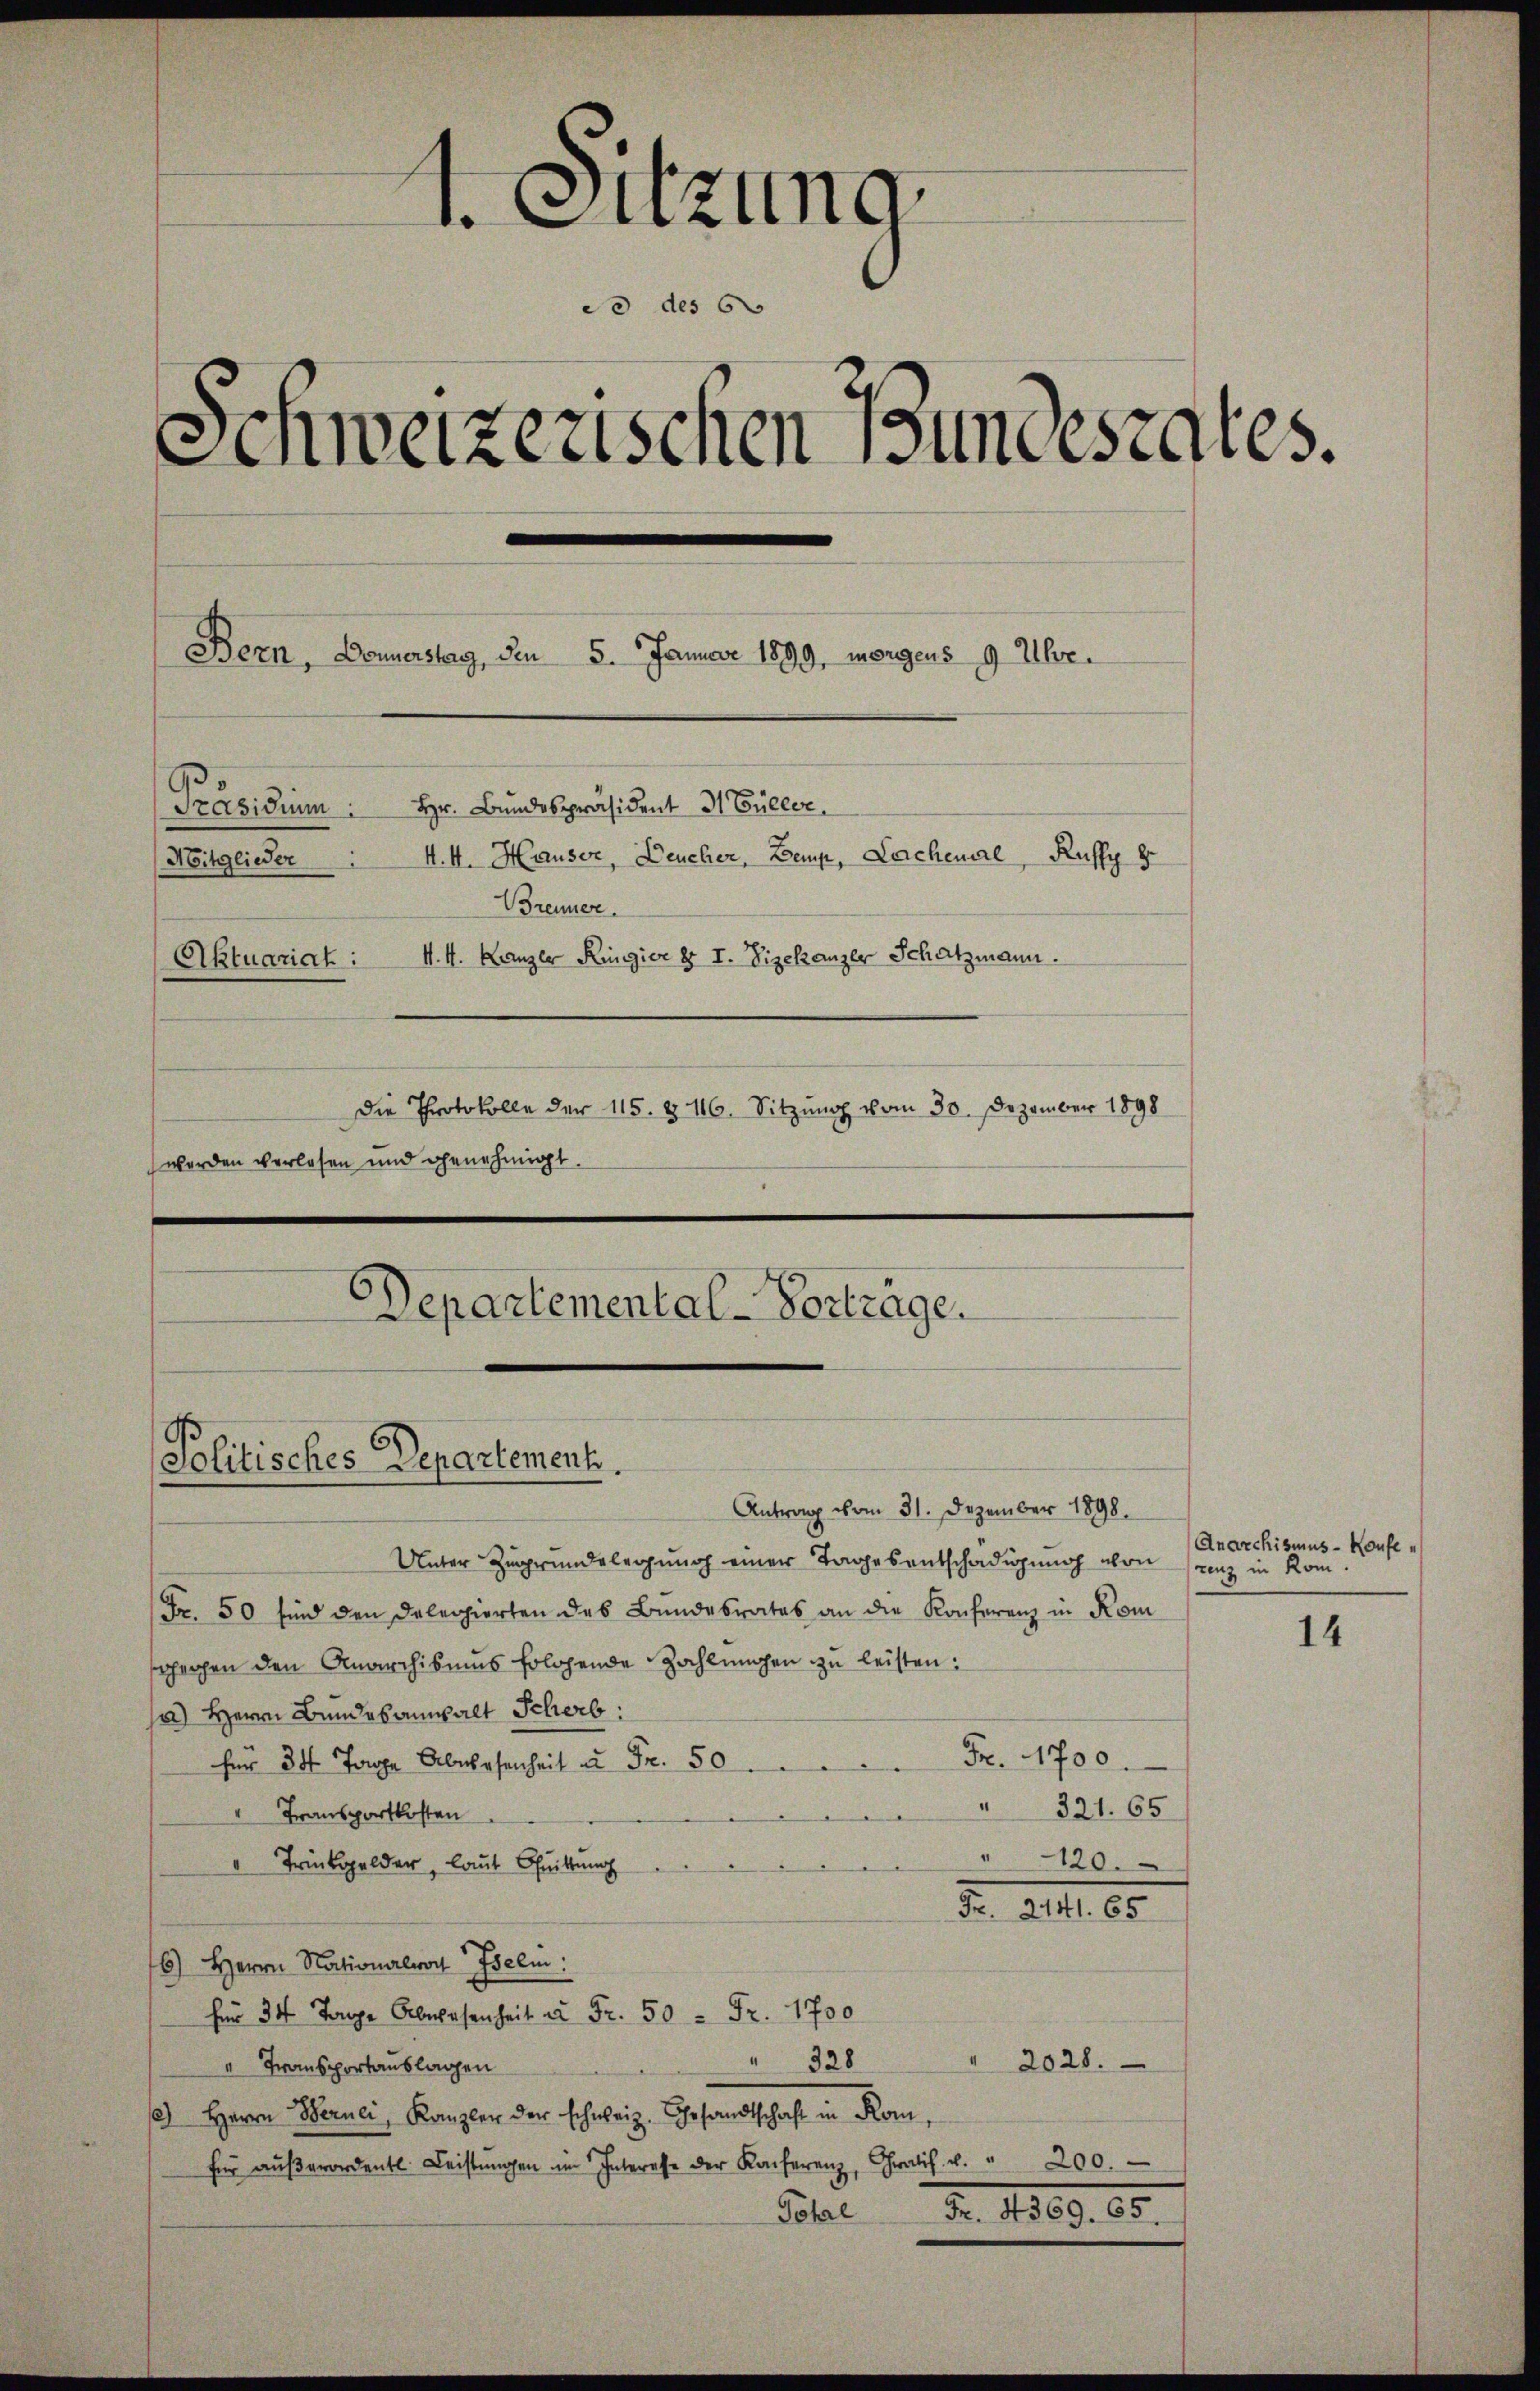
¬
 Sitzung
do des 60
Schweizerischen Bundesrates.
Bern, Donnerstag, den 5. Januar 1899, morgens 9 Uhr.
Präsidium: Hr. Bundespräsident 31 Füller.
4.V. Hauser, Deucher, Bemp, Lachenal, Ruffy 8
Mitglieder
Brenner.
V. 4. Kanzer Ringier § I. Vizekanzer Schatzmann.
Aktuariat :
Die Protokolle der 115. & 16. Sitzung vom 30. Dezember 1898
werden verlesen und genehmigt.
Departemental-Vorträge.

Politisches Departement.

Antrag vom 31. Dezember 1898.
Unter Zugrundelegung einer Tagesentschädigung von Franz in Kom¬
Fr. 50 sind den Delegierten des Bundesrates an die Konferenz in Kom
schehen den Anarchismus folgende Zahlungen zu leisten.
a) Herrn Bundesanwalt Scherb
Fr. 1700.
f 30 Tage Abwesenheit u. Fr. 50
 321. 65
" Transportkosten
" 120.
" Trückgelder, laut Guittung
Fr. 24. 60
6.) Herrn Nationalrat Iselin:
f 34 Tag Abwesenheit u Fr. 50 Fr. 1700
" 328
2028.
" Transportauslagen
/2) Herrn Bernei, Kanzler der schweiz. Gesandtschaft in Kom-
für aŭβerordentl. Leistŭngen im Interesse der Konferenz, Gratif u. " 200.
N. 1109. 60.
Tohal

Anarchismus - Konfe

14